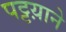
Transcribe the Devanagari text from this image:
पट्टय़ाने